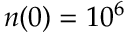
n ( 0 ) = 1 0 ^ { 6 }